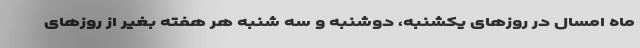
ماه امسال در روز‌های یکشنبه، دوشنبه و سه شنبه هر هفته بغیر از روز‌های